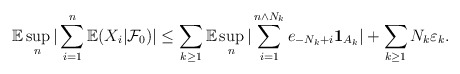
\begin{align*}\mathbb{E}\sup_{n}|\sum\limits_{i=1}^{n}{\mathbb{E}}(X_{i}|{\mathcal{F}}_{0})|\leq\sum_{k\geq1}\mathbb{E}\sup_{n}|\sum\limits_{i=1}^{n\wedge N_{k}}e_{-N_{k}+i}\mathbf{1}_{A_{k}}|+\sum_{k\geq1}N_{k}\varepsilon_{k}.\end{align*}